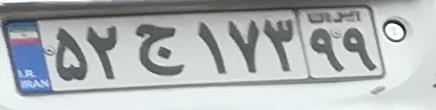
۵۲ج۱۷۳۹۹